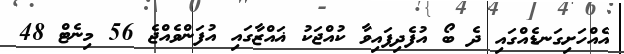
އެއްހަށިގަނޑެއްގައި ދެ ބޯ އުފެދިފައިވާ ކުއްޖަކު ޣައްޒާގައި އުފަންވެއްޖެ 56 މިނެޓް 48